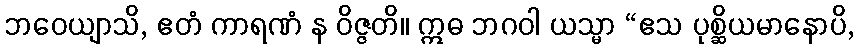
ဘဝေယျာသိ, ဧတံ ကာရဏံ န ဝိဇ္ဇတိ။ ဣဓ ဘဂဝါ ယသ္မာ “ဧသ ပုစ္ဆိယမာနောပိ,